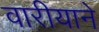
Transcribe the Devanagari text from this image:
वारीयाने